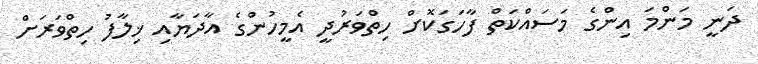
ދަނީ މަންމަ އިންގެ މަސައްކަތް ފާހަގަކޮށް ހިތްވަރުދީ އެމީހުންގެ އާދަޔާއި ޚިލާފު ހިތްވަރަށް